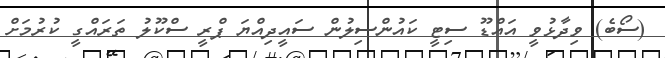
(ސޯބެ) ވިދާޅުވީ އައްޑޫ ސިޓީ ކައުންސިލުން ސައީދިއްޔަ ޕްރީ ސްކޫލު ތަރައްގީ ކުރުމަށް